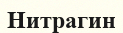
Нитрагин